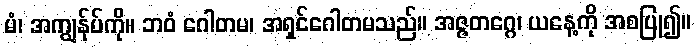
မံ၊ အကျွန်ုပ်ကို။ ဘဝံ ဂေါတမ၊ အရှင်ဂေါတမသည်။ အဇ္ဇတဂ္ဂေ၊ ယနေ့ကို အစပြု၍။